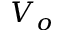
V _ { o }